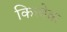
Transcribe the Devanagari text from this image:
कित्त्येक